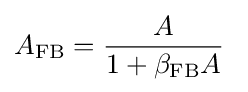
A_{\mathrm {FB} }={\frac {A}{1+{\beta }_{\mathrm {FB} }A}}\